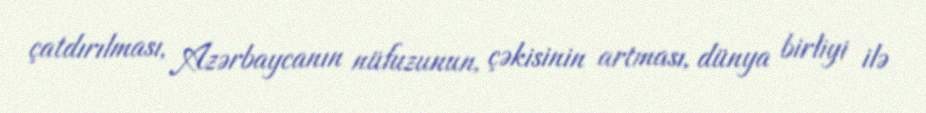
çatdırılması, Azərbaycanın nüfuzunun, çəkisinin artması, dünya birliyi ilə